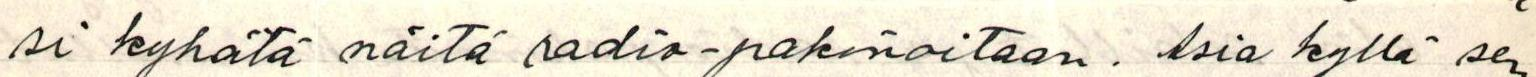
si kyhätä näitä radio-pakinoitaan. Asia kyllä sen